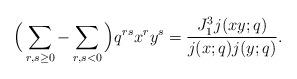
LaTeX: \begin{align*}\Big ( \sum_{r,s\ge 0}-\sum_{r,s<0} \Big)q^{rs}x^ry^s=\frac{J_1^3j(xy;q)}{j(x;q)j(y;q)}.\end{align*}